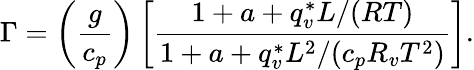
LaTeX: \Gamma=\left(\frac{g}{c_{p}}\right)\left[\frac{1+a+q_{v}^{*}L/(RT)}{1+a+q_{v}^{*}L^{2}/(c_{p}R_{v}T^{2})}\right].